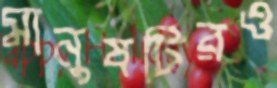
মানুষটিরও